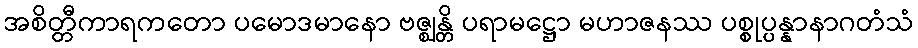
အစိတ္တီကာရကတော ပမောဒမာနော ဗဇ္ဈန္တိ ပရာမဋ္ဌော မဟာဇနဿ ပစ္စုပ္ပန္နာနာဂတံသံ